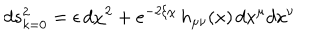
d s _ { k = 0 } ^ { 2 } = \epsilon \, d \chi ^ { 2 } + e ^ { - 2 \xi \chi } \, h _ { \mu \nu } ( x ) \, d x ^ { \mu } d x ^ { \nu }